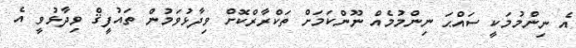
އެ ނިންމުމަކީ ސައްޙަ ނިންމުމެއް ނޫންކަމަށް ތަކްރާރްކޮށް ވިދާޅުވަމުން ތައުފީޤް ވިދާޅުވީ އެ